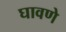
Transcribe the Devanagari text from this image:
घावणे